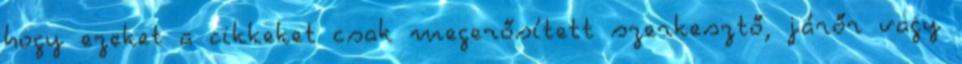
hogy ezeket a cikkeket csak megerősített szerkesztő, járőr vagy